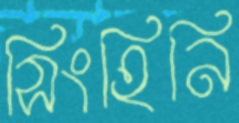
সিংহিনি